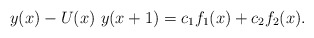
\begin{align*}y(x)-U(x)~y(x+1)=c_1f_1(x)+c_2f_2(x).\end{align*}